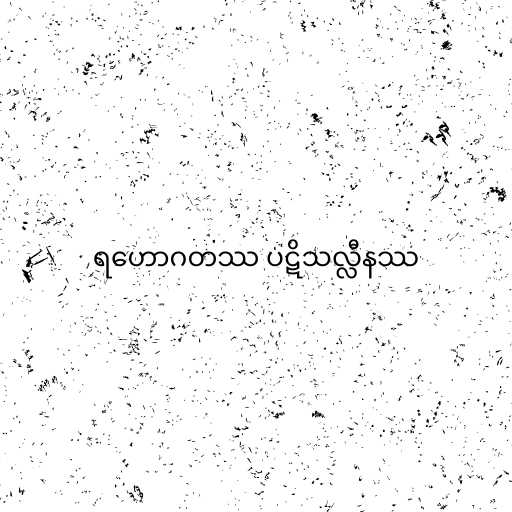
ရဟောဂတဿ ပဋိသလ္လီနဿ